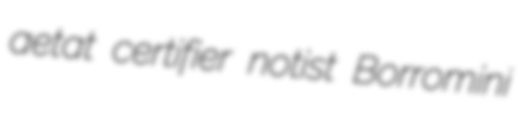
aetat certifier notist Borromini